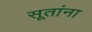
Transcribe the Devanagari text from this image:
सूतांना